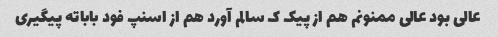
عالی بود عالی ممنونم هم از پیک ک سالم آورد هم از اسنپ فود باباته پیگیری